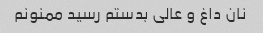
نان داغ و عالی بدستم رسید ممنونم